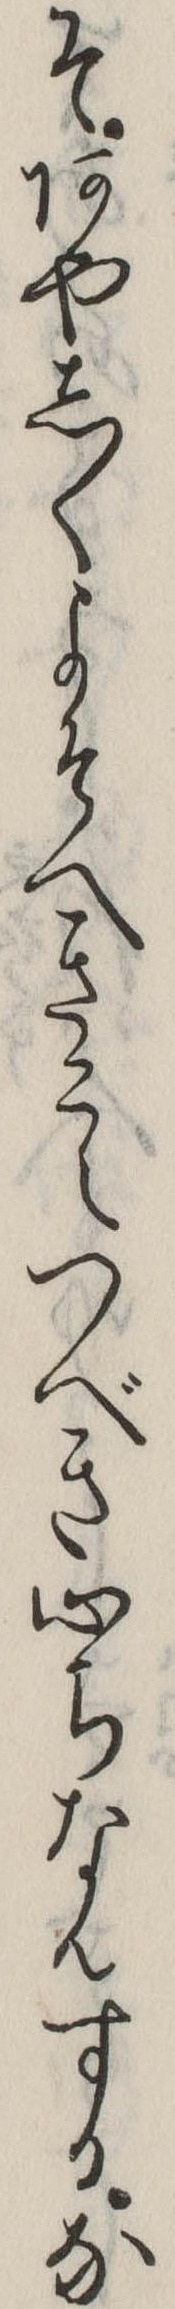
そあやしくよそへきこえつべき心ちなんするな